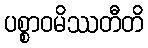
ပစ္စာဝမိဿတီတိ